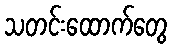
သတင်းထောက်တွေ